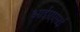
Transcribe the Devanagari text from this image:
आईएएमई